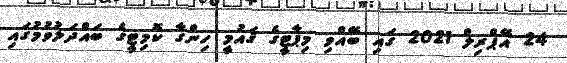
24 އޭޕްރިލް 2021 ގައި ބޭއްވި މިޕާޓީގެ ޤައުމީ ހިންގާ ކޮމިޓީގެ ބައްދަލުވުމުގައި